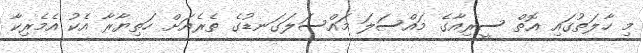
މި ހާލަތުގައި އޮތް ސީރިއާގެ މައްސަލަ މައްސަލަގަނޑުގެ ތެރެއަށް ހަތިޔާރާ އެކު އެމެރިކާ